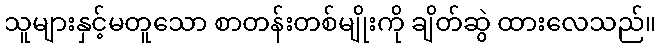
သူများနှင့်မတူသော စာတန်းတစ်မျိုးကို ချိတ်ဆွဲ ထားလေသည်။